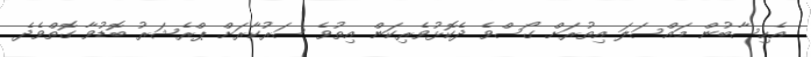
އެހިސާބުން މައްސަލަ އިތުރަށް ގޯސްވެ ދެކޮޅުވެރިކަން އިތުވެ ސަރުކާރަށް ޕްރެޝަރު ބޮޑުވާ ގޮތްވެދެ